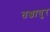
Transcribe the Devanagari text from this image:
तञ्जावुर